65_HS1-834228961_62-HQ-83894_Section_2
Agency: FBI
Page 181
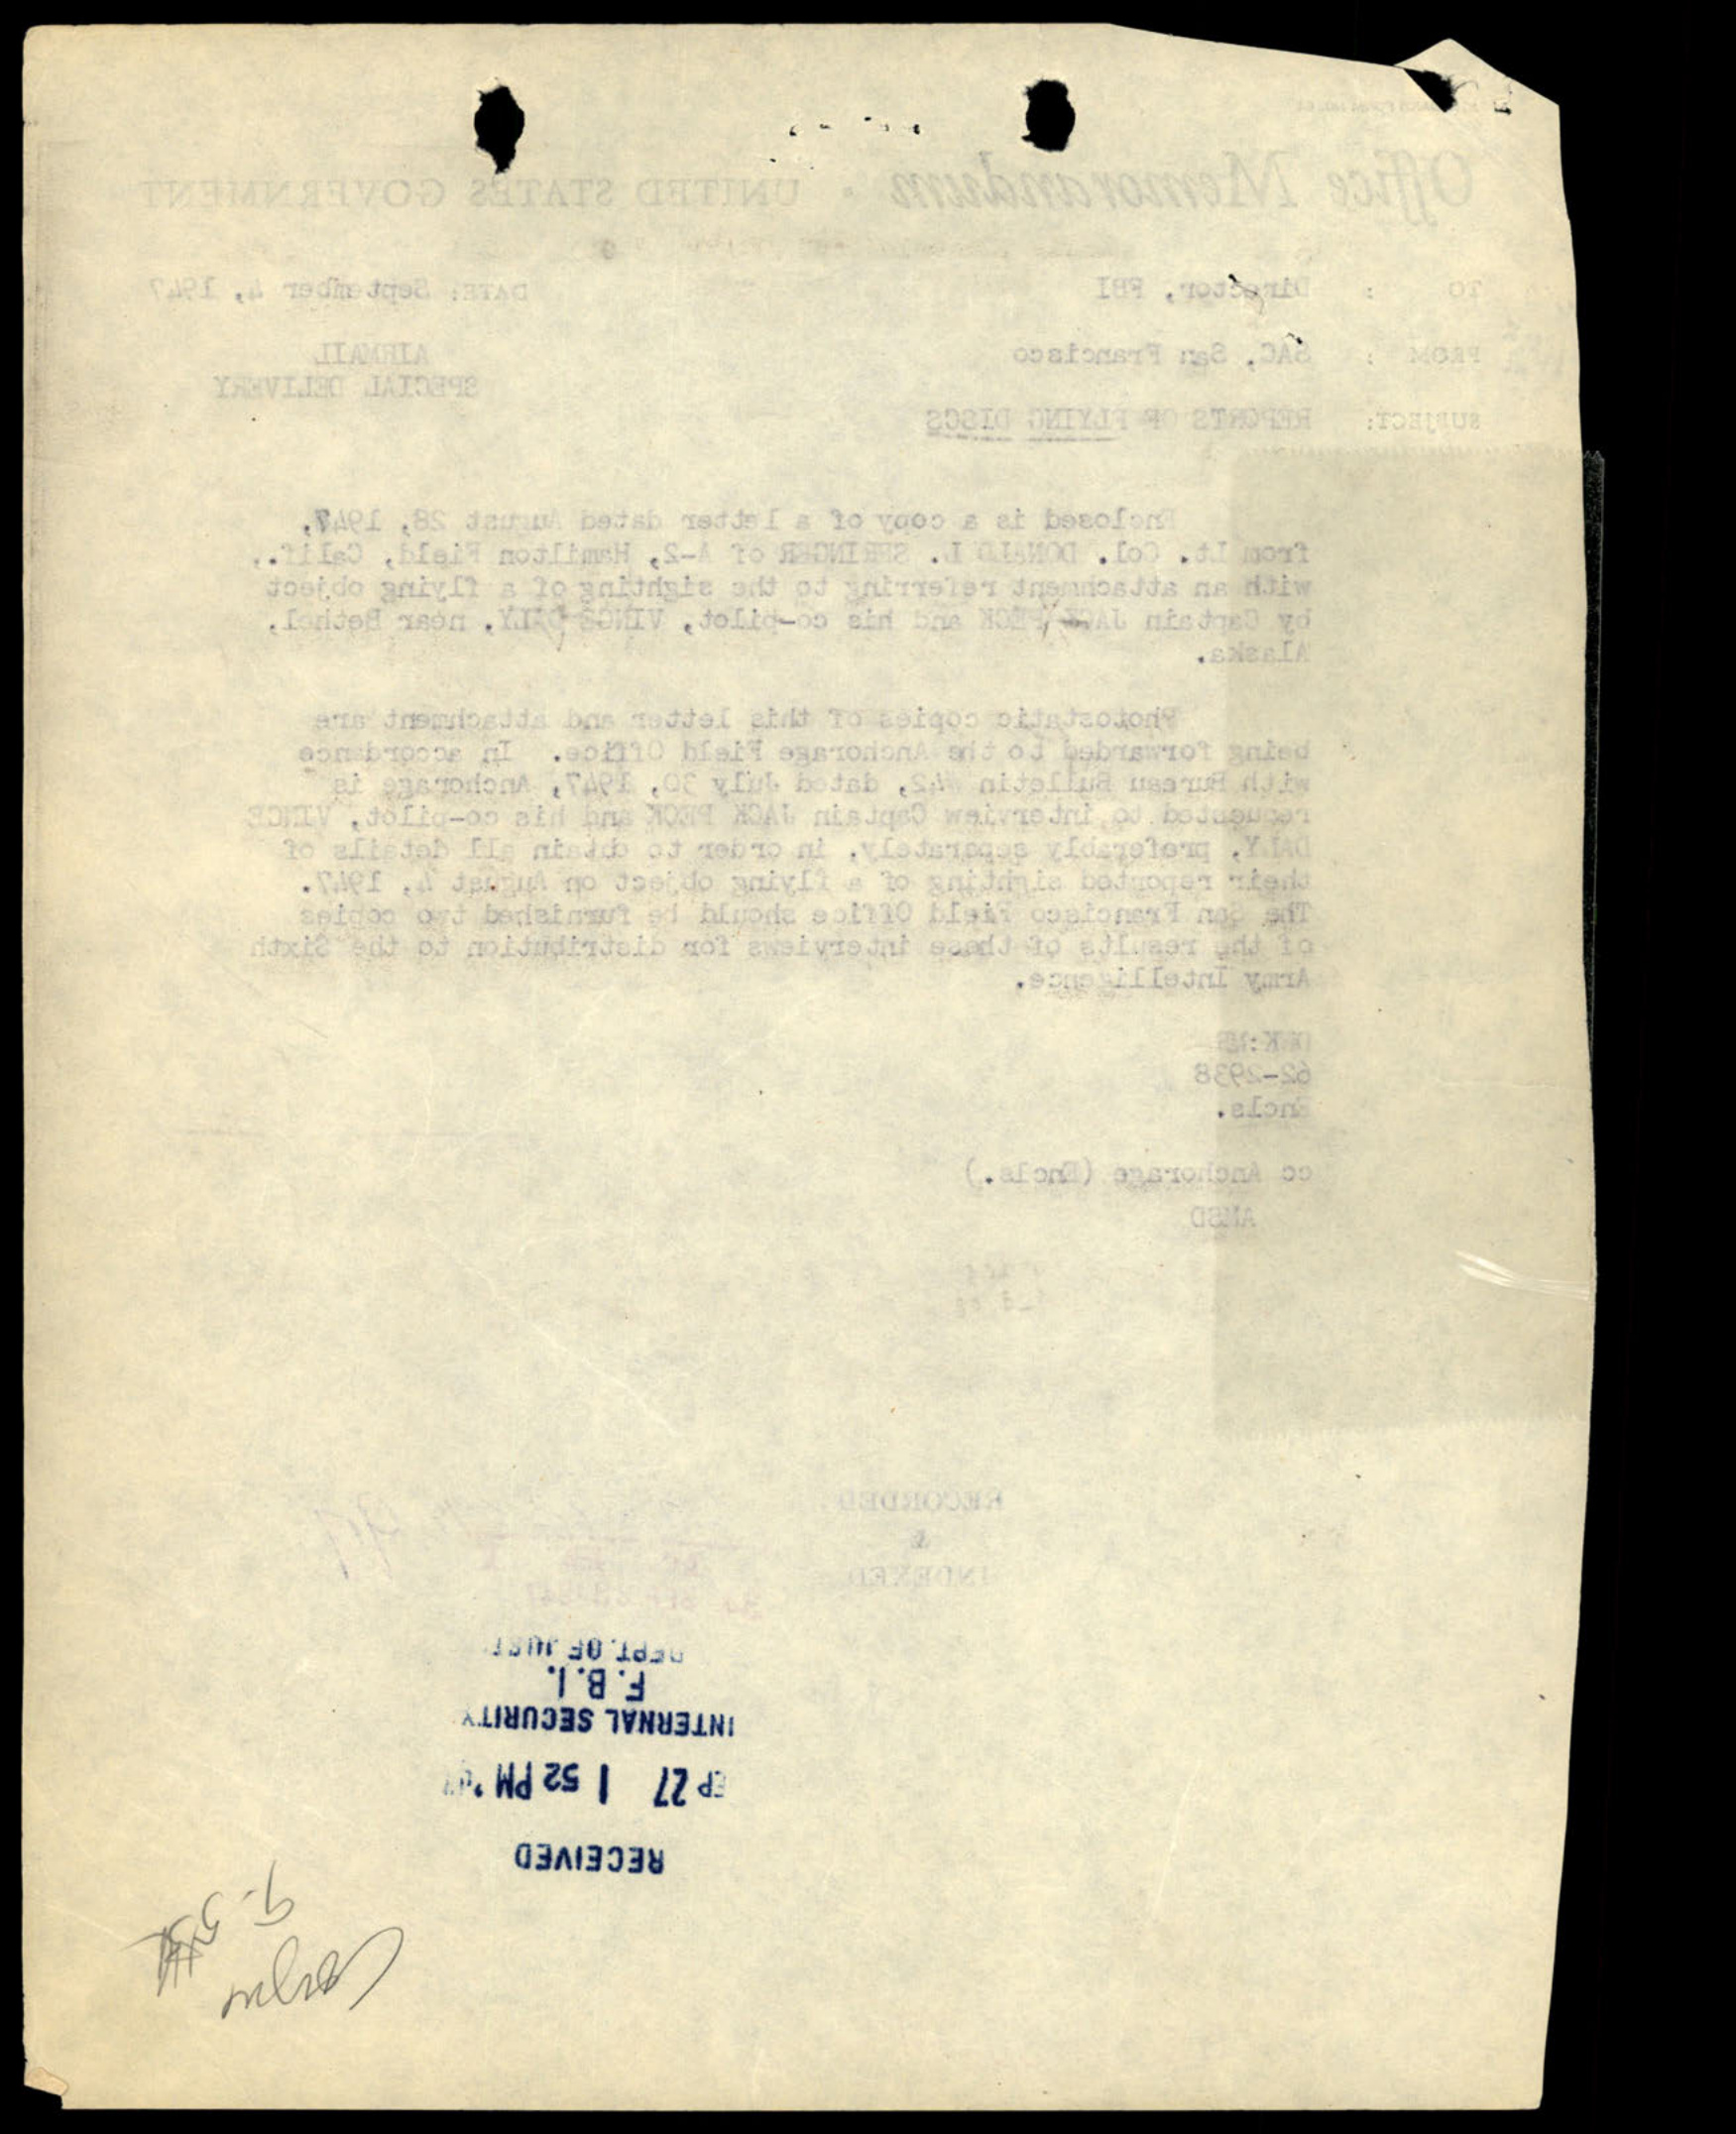